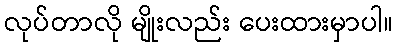
လုပ်တာလို မျိုးလည်း ပေးထားမှာပါ။